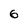
Character: 6